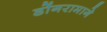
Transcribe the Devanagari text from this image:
डोंगरामागे